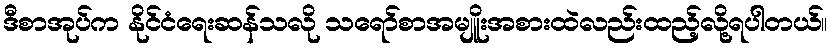
ဒီစာအုပ်က နိုင်ငံရေးဆန်သလို သရော်စာအမျိူးအစားထဲလည်းထည့်လို့ရပါတယ်။